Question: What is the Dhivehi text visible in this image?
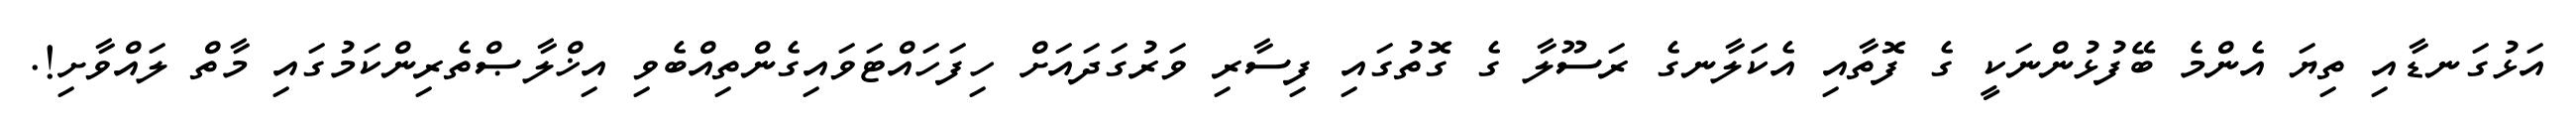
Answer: އަޅުގަނޑާއި ތިޔަ އެންމެ ބޭފުޅުންނަކީ ގެ ފޮތާއި އެކަލާނގެ ރަސޫލާ ގެ ގޮތުގައި ފިސާރި ވަރުގަދައަށް ހިފަހައްޓަވައިގެންތިއްބެވި އިޚްލާޞްތެރިންކަމުގައި މާތް ލައްވާށި!.